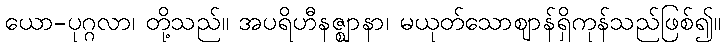
ယော-ပုဂ္ဂလာ၊ တို့သည်။ အပရိဟီနဇ္ဈာနာ၊ မယုတ်သောဈာန်ရှိကုန်သည်ဖြစ်၍။